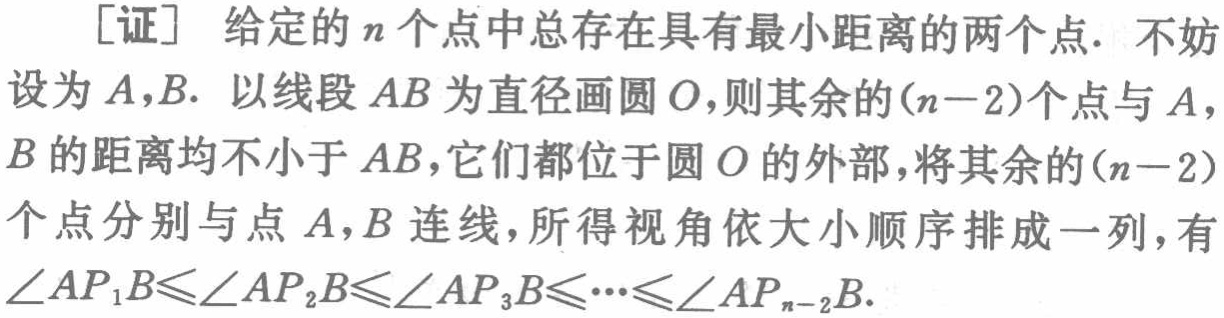
[证] 给定的 \(n\) 个点中总存在具有最小距离的两个点. 不妨设为 \(A,B\). 以线段 \(AB\) 为直径画圆 \(O\),则其余的 \((n - 2)\) 个点与 \(A\), \(B\) 的距离均不小于 \(AB\),它们都位于圆 \(O\) 的外部,将其余的 \((n - 2)\) 个点分别与点 \(A\), \(B\) 连线,所得视角依大小顺序排成一列,有 \(\angle AP_{1}B\leqslant\angle AP_{2}B\leqslant\angle AP_{3}B\leqslant\cdots\leqslant\angle AP_{n - 2}B\).